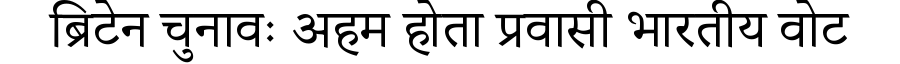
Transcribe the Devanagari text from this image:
ब्रिटेन चुनावः अहम होता प्रवासी भारतीय वोट